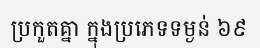
ប្រកួតគ្នា ក្នុងប្រភេទទម្ងន់ ៦៩